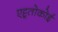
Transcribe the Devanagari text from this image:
एट्टूतोकोई